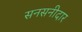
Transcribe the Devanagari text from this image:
सनसनीदार